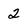
Character: 2